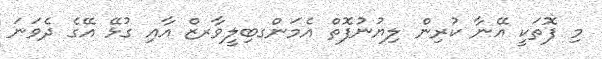
މި ފޮތަކީ އޭނާ ކުރިން ލިޔުނުފޮތް އެމަންގބިލީވާރޒް އާއި ގުޅޭ އޭގެ ދެވަނަ